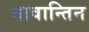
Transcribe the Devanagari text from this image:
तावान्तिन